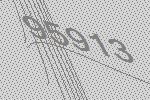
95913